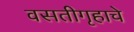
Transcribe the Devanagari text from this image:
वसतीगृहाचे